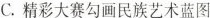
C.精彩大赛勾画民族艺术蓝图